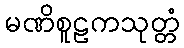
မဏိစူဠကသုတ္တံ